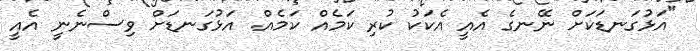
"އަޅުގަނޑަކަށް ނޭނގެ އެއީ އެކަކު ކުރި ކަމެއް ކަމެއް. އަޅުގަނޑަށް ވިސްނެނީ އެއީ